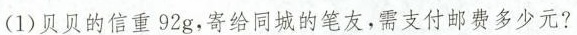
(1)贝贝的信重92g，寄给同城的笔友，需支付邮费多少元？